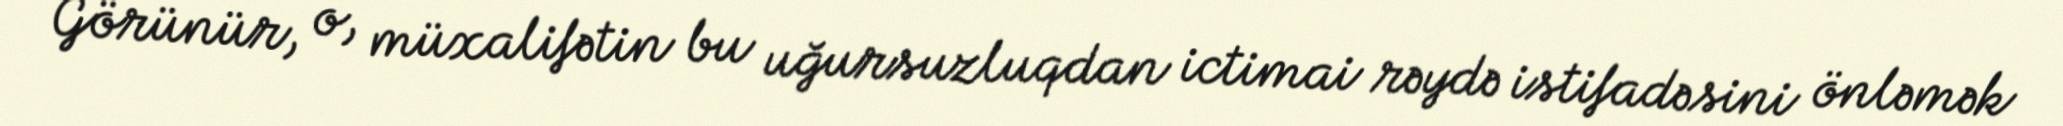
Görünür, o, müxalifətin bu uğursuzluqdan ictimai rəydə istifadəsini önləmək